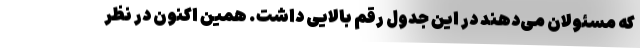
که مسئولان می‌دهند در این جدول رقم بالایی داشت. همین اکنون در نظر